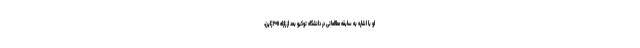
او با اشاره به سابقه مطالعاتی در دانشگاه توکیو بعد از زلزله ۲۰۱۱ ژاپن،